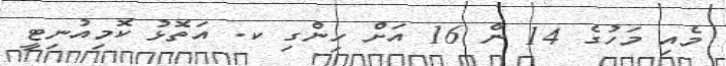
މެއި މަހުގެ 14 ން 16 އަށް ހިންގި ކ. އަތޮޅު ކޮމިއުނިޓީ